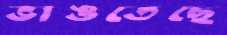
ভাঙতেছে